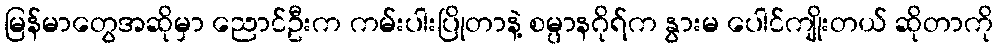
မြန်မာတွေအဆိုမှာ ညောင်ဦးက ကမ်းပါးပြိုတာနဲ့ စမ္ပာနဂိုရ်က နွားမ ပေါင်ကျိုးတယ် ဆိုတာကို